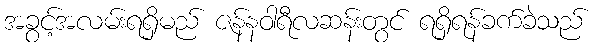
အခွင့်အလမ်းရရှိမည် ဇန်နဝါရီလဆန်းတွင် ရရှိရန်ခက်ခဲသည်